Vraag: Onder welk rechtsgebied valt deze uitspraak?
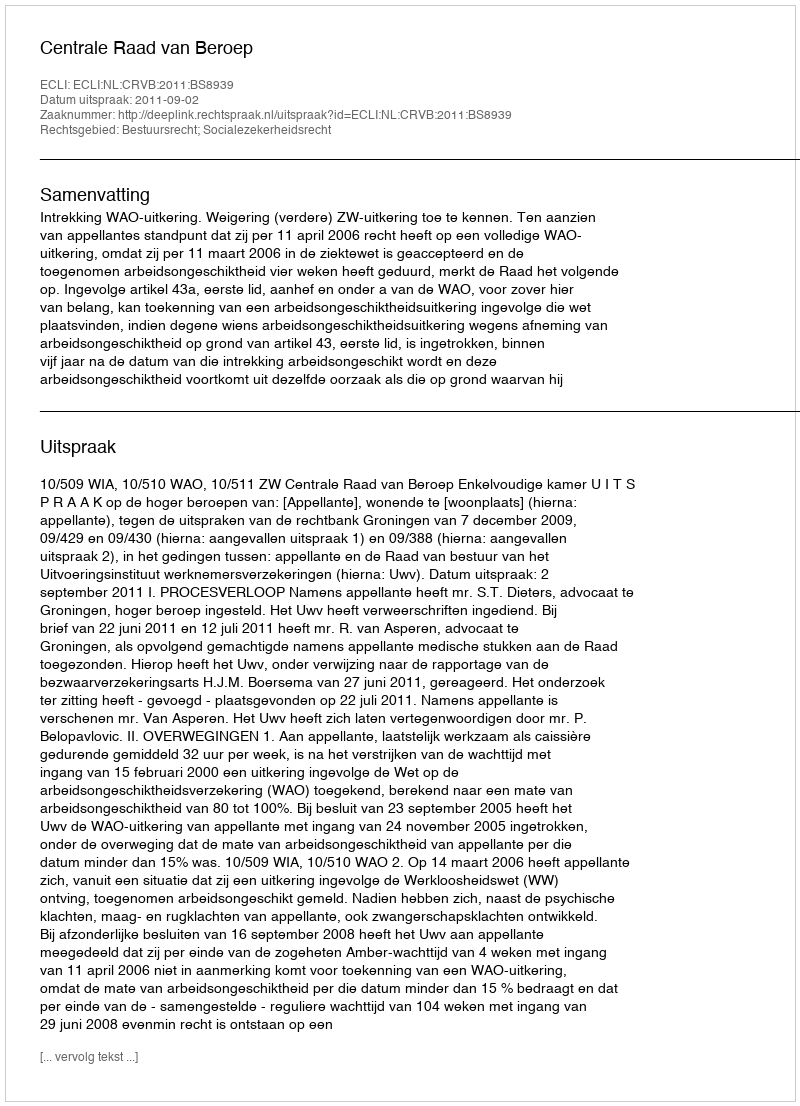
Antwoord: Bestuursrecht; Socialezekerheidsrecht